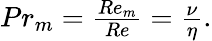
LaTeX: \begin{array}{r}{Pr_{m}=\frac{Re_{m}}{Re}=\frac{\nu}{\eta}.}\end{array}